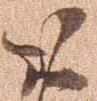
お